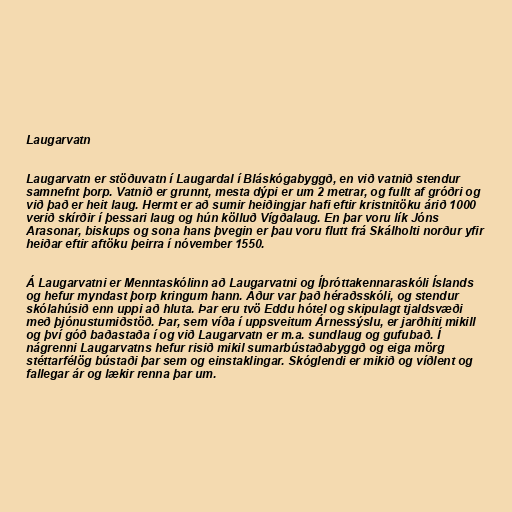
Laugarvatn

Laugarvatn er stöðuvatn í Laugardal í Bláskógabyggð, en við vatnið stendur
samnefnt þorp. Vatnið er grunnt, mesta dýpi er um 2 metrar, og fullt af gróðri og
við það er heit laug. Hermt er að sumir heiðingjar hafi eftir kristnitöku árið 1000
verið skírðir í þessari laug og hún kölluð Vígðalaug. En þar voru lík Jóns
Arasonar, biskups og sona hans þvegin er þau voru flutt frá Skálholti norður yfir
heiðar eftir aftöku þeirra í nóvember 1550.

Á Laugarvatni er Menntaskólinn að Laugarvatni og Íþróttakennaraskóli Íslands
og hefur myndast þorp kringum hann. Áður var það héraðsskóli, og stendur
skólahúsið enn uppi að hluta. Þar eru tvö Eddu hótel og skipulagt tjaldsvæði
með þjónustumiðstöð. Þar, sem víða í uppsveitum Árnessýslu, er jarðhiti mikill
og því góð baðastaða í og við Laugarvatn er m.a. sundlaug og gufubað. Í
nágrenni Laugarvatns hefur risið mikil sumarbústaðabyggð og eiga mörg
stéttarfélög bústaði þar sem og einstaklingar. Skóglendi er mikið og víðlent og
fallegar ár og lækir renna þar um.